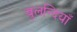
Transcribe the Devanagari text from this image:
बुलन्दियाँ